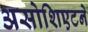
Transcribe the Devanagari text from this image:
असोशिएटने